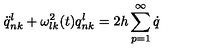
\ddot { q } _ { n k } ^ { l } + \omega _ { l k } ^ { 2 } ( t ) q _ { n k } ^ { l } = 2 h \sum _ { p = 1 } ^ { \infty } \dot { q }